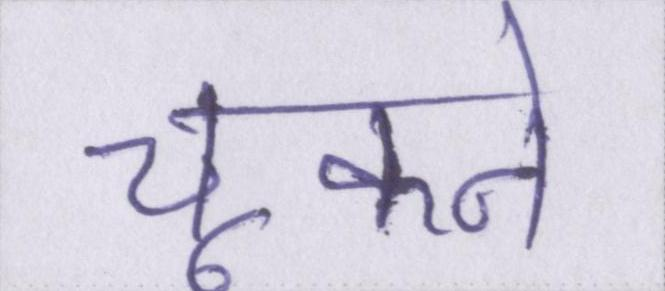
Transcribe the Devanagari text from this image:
चूकने